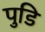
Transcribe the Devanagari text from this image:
पुडि